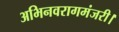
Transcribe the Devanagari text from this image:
अभिनवरागमंजरी।